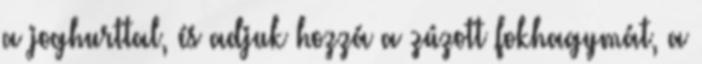
a joghurttal, és adjuk hozzá a zúzott fokhagymát, a